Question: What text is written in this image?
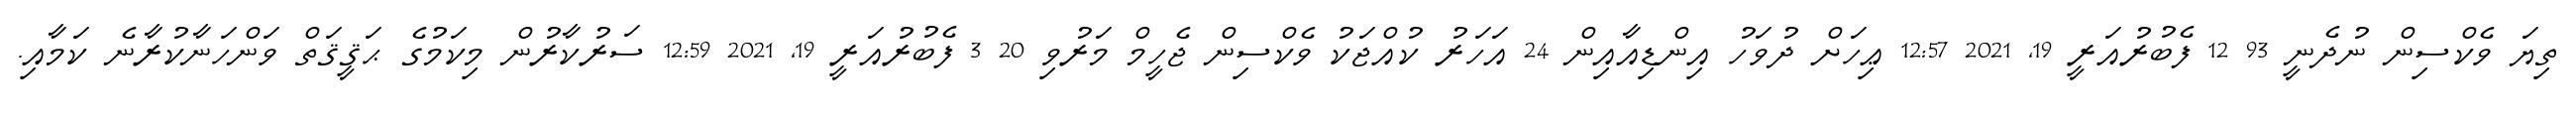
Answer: ތިޔަ ވެކްސިން ނުދެނީ 93 12 ފެބުރުއަރީ 19, 2021 12:57 ޢިހަށް ދުވަހު އިންޑިއާއިން 24 އަހަރު ކުއްޖަކު ވެކްސިން ޖެހީމް މަރުވި 20 3 ފެބުރުއަރީ 19, 2021 12:59 ސަރުކާރުން މިކަމުގެ ޙަޤީޤަތް ވަންހަނާކުރާނެ ކަމާއި.